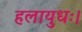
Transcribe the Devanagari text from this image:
हलायुधः।